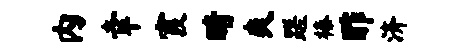
内幸霞睛爽蹉榛酢济